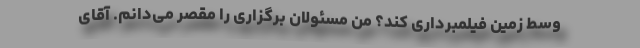
وسط زمین فیلمبرداری کند؟ من مسئولان برگزاری را مقصر می‌دانم. آقای